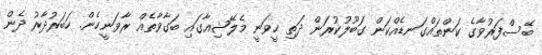
ބޭސްފަރުވާގެ ކަންތައްގަނޑެއްކަން ގަބޫލުކުރަން ދަތި ހީވަނީ މެލޭޝިއާގައި ބަގާވާތެއް ރާވަނީހެން. ހަބަރުދާރު ދެން